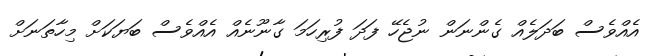
އެއްވެސް ބަދަލެއް ގެންނަން ނުޖެހޭ ފަދަ ފުރިހަމަ ގާނޫނެއް އެއްވެސް ބަޔަކަށް މިހާތަނަށް